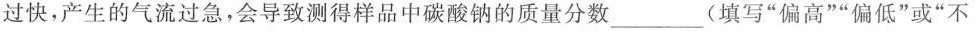
过快，产生的气流过急，会导致测得样品中碳酸钠的质量分数___(填写“偏高”“偏低”或“不